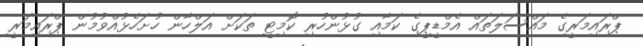
ޕްރައިމަރީގެ މައްސަލަތައް އެމްޑީޕީގެ ކަމާއި ގުޅުންހުރި ކޮމިޓީ ތަކަށް އަލްހާން ހުށަހެޅުއްވުމުން ޕްރައިމަރީ